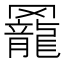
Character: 𦌼